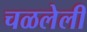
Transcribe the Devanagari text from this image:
चळलेली